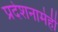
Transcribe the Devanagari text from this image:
प्रदेशनामेही